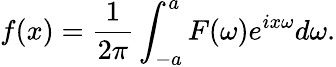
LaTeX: f(x)={\frac{1}{2\pi}}\int_{-a}^{a}F(\omega)e^{ix\omega}d\omega.